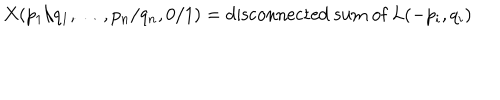
X ( p _ { 1 } / q _ { 1 } , \ldots , p _ { n } / q _ { n } , 0 / 1 ) = \mathrm { d i s c o n n e c t e d ~ s u m ~ o f ~ } L ( - p _ { i } , q _ { i } )